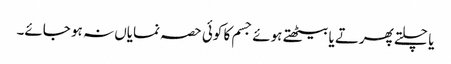
یا چلتے پھرتے یا بیٹھتے ہوئے جسم کا کوئی حصہ نمایاں نہ ہو جائے۔